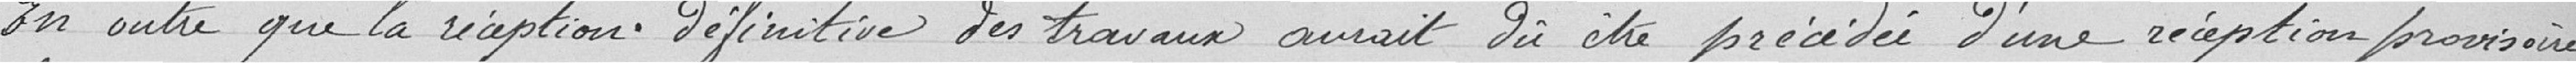
En outre que la réception définitive des travaux aurait dû être précédée d'une réception provisoire,